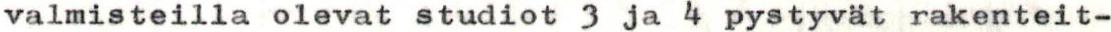
valmisteilla olevat studiot 3 ja 4 pystyvät rakenteit-